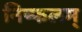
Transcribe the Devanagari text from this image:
निष्फलम्